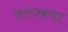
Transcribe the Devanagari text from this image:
सतेजकथा